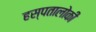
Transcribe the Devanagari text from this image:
हस्पतालोकी